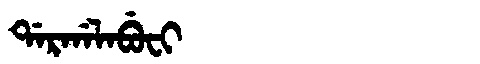
Manchu: ᡩᠠᡵᡤᠠᠯᠠᠪᡠᠸᡳ
Romanization: DARGALABUFI